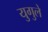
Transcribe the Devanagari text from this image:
युगुले